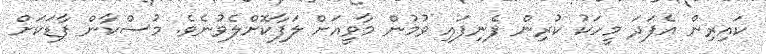
ކައިރިން އެފަދަ މީހަކު ކުރިން ފެނިފައި ވުމުން މާވީއަށް ލަފާކޮށްލެވުނެވެ. މުސްކާން ފާޑަކަށް